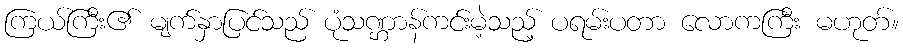
ကြယ်ကြီး၏ မျက်နှာပြင်သည် ပုံသဏ္ဌာန်ကင်းမဲ့သည့် ပရမ်းပတာ လောကကြီး မဟုတ်။